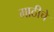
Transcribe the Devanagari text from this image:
गाठीचे